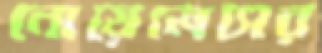
নোয়েলেসের